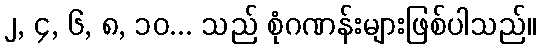
၂, ၄, ၆, ၈, ၁၀... သည် စုံဂဏန်းများဖြစ်ပါသည်။